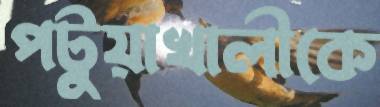
পটুয়াখালীকে